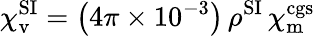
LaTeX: \chi_{\mathrm{v}}^{\mathrm{SI}}=\left(4\pi\times 10^{-3}\right)\, \rho^{\mathrm{{SI}}}\, \chi_{\mathrm{m}}^{\mathrm{cgs}}